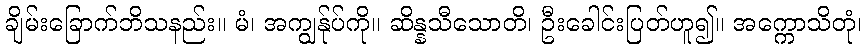
ချိမ်းခြောက်ဘိသနည်း။ မံ၊ အကျွန်ုပ်ကို။ ဆိန္နသီသောတိ၊ ဦးခေါင်းပြတ်ဟူ၍။ အက္ကောသိတုံ၊